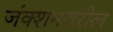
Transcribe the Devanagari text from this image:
जंक्शनवरील